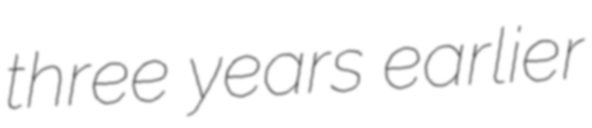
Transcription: three years earlier